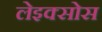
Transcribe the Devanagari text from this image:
लेइक्सोस